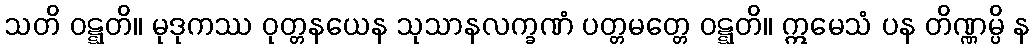
သတိ ဝဋ္ဋတိ။ မုဒုကဿ ဝုတ္တနယေန သုသာနလက္ခဏံ ပတ္တမတ္တေ ဝဋ္ဋတိ။ ဣမေသံ ပန တိဏ္ဏမ္ပိ န